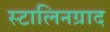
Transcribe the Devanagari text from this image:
स्टालिनग्राद